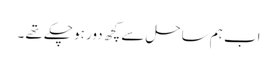
اب ہم ساحل سے کچھ دور ہو چکے تھے ۔